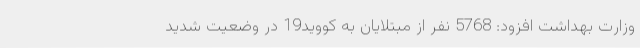
وزارت بهداشت افزود: 5768 نفر از مبتلایان به کووید19 در وضعیت شدید